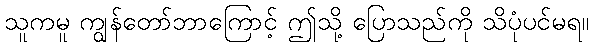
သူကမူ ကျွန်တော်ဘာကြောင့် ဤသို့ ပြောသည်ကို သိပုံပင်မရ။